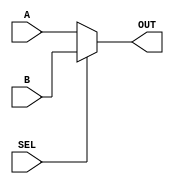
               
`timescale 1 ns / 1 ns

module S_MUX(A,B,SEL,OUT);

parameter SIZE = 1;
input[SIZE-1:0] A,B;
output reg[SIZE-1:0] OUT;
input SEL;

always @*


OUT = SEL ? B : A; //if SEL is HIGH then OUT=B, ELSE OUT=A


endmodule